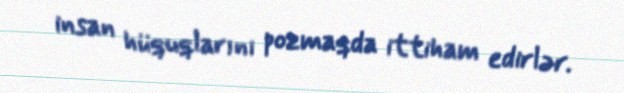
insan hüquqlarını pozmaqda ittiham edirlər.